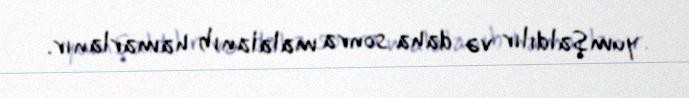
yumşaldılır və daha sonra malalanıb hamarlanır.